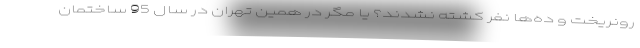
رونریخت و ده‌ها نفر کشته نشدند؟ یا مگر در همین تهران در سال 95 ساختمان